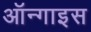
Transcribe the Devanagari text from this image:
ऑन्गाइस